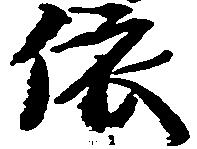
依